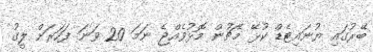
ބޭރުގައި ޔުނައިޓެޑް ކުޅޭ މެޗުން މޮޅުވެއްޖެ ނަމަ 20 ވަނަ ފަހަރަށް ލީގު